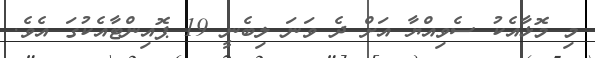
މި މޮޅާއެކު ސެވިއްޔާ އަށް ދެ ވަނަ ލިބެނީ 19 ޕޮއިންޓާއެކުގަ އެވެ.